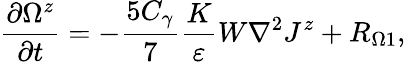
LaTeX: \frac{\partial\Omega^{z}}{\partial t}=-\frac{5C_{\gamma}}{7}\frac{K}{\varepsilon}W\nabla^{2}J^{z}+R_{\Omega 1},